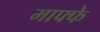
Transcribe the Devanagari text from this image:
माफ्फे